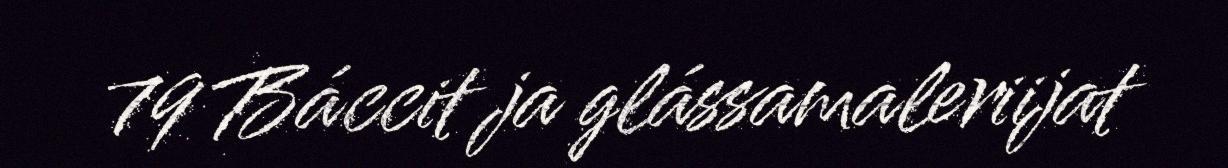
79 Báccit ja glássamaleriijat